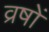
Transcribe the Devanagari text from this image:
व्रषों